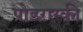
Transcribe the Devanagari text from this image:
पोडरास्की